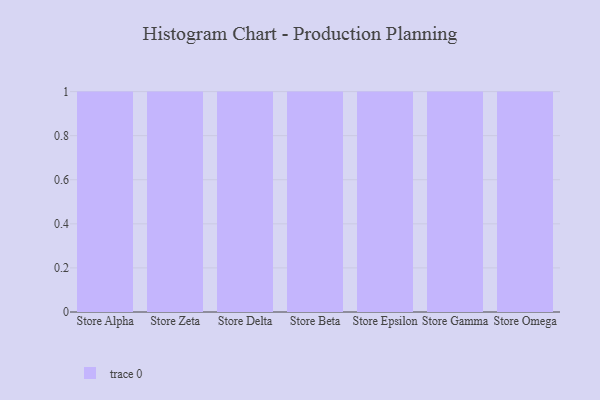
{"axis": {"x": "Store", "y": "Tickets Resolved"}, "legend": [""], "data": [{"x": "Store Alpha", "y": 66, "type": ""}, {"x": "Store Zeta", "y": 41, "type": ""}, {"x": "Store Delta", "y": 41, "type": ""}, {"x": "Store Beta", "y": 83, "type": ""}, {"x": "Store Epsilon", "y": 38, "type": ""}, {"x": "Store Gamma", "y": 48, "type": ""}, {"x": "Store Omega", "y": 21, "type": ""}]}